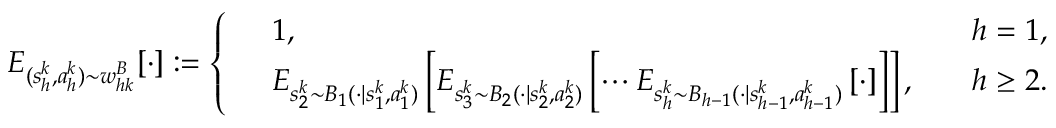
E _ { ( s _ { h } ^ { k } , a _ { h } ^ { k } ) \sim w _ { h k } ^ { B } } [ \cdot ] : = \left\{ \begin{array} { r l r } & { 1 , \quad } & { h = 1 , } \\ & { E _ { s _ { 2 } ^ { k } \sim B _ { 1 } ( \cdot \vert s _ { 1 } ^ { k } , a _ { 1 } ^ { k } ) } \left[ E _ { s _ { 3 } ^ { k } \sim B _ { 2 } ( \cdot \vert s _ { 2 } ^ { k } , a _ { 2 } ^ { k } ) } \left[ \cdots E _ { s _ { h } ^ { k } \sim B _ { h - 1 } ( \cdot \vert s _ { h - 1 } ^ { k } , a _ { h - 1 } ^ { k } ) } \left[ \cdot \right] \right] \right] , \quad } & { h \geq 2 . } \end{array} \right.